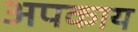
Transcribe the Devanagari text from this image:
अपकाय